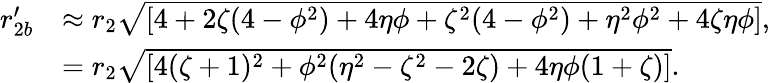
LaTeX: \begin{array}{rl}{r_{2b}^{\prime}}&{\approx r_{2}\sqrt{\left[4+2\zeta(4-\phi^{2})+4\eta\phi+\zeta^{2}(4-\phi^{2})+\eta^{2}\phi^{2}+4\zeta\eta\phi\right]},}\\ &{=r_{2}\sqrt{\left[4(\zeta+1)^{2}+\phi^{2}(\eta^{2}-\zeta^{2}-2\zeta)+4\eta\phi(1+\zeta)\right]}.}\end{array}